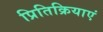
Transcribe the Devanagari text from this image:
प्रितिक्रियाएं